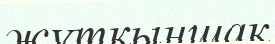
жүтқыншақ